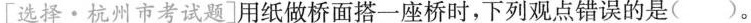
[选择·杭州市考试题]用纸做桥面搭一座桥时，下列观点错误的是( ) 。